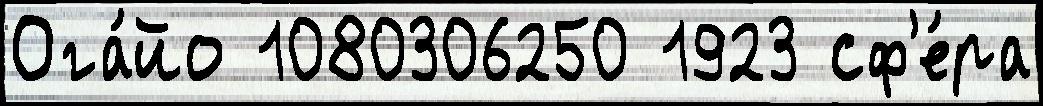
Ога́йо 1080306250 1923 сф'е́ра